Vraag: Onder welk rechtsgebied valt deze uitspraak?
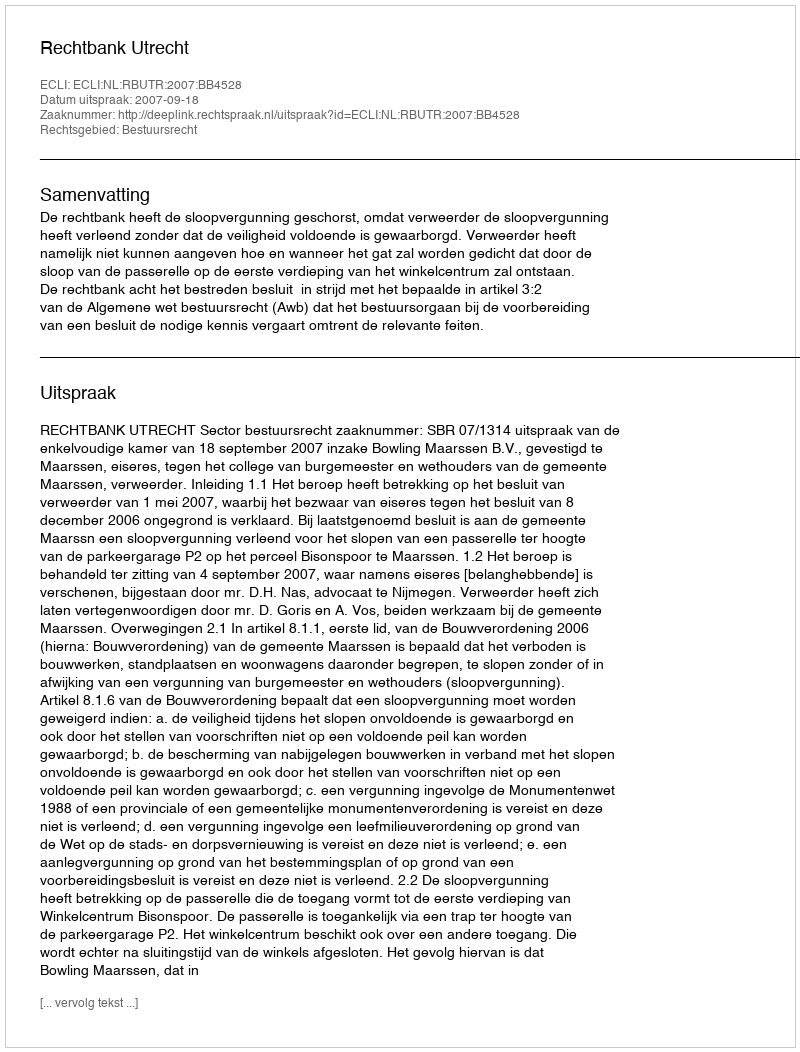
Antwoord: Bestuursrecht